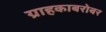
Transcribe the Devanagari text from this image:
ग्राहकाबरोबर